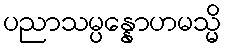
ပညာသမ္ပန္နောဟမသ္မိ